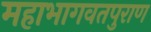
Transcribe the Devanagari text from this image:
महाभागवतपुराण